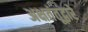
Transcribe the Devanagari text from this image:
अक्षतंतूद्वारे